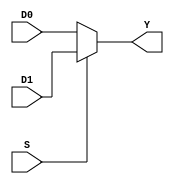
`timescale 1ns / 1ps

// Module definition
module Mux(
    S,
    D0,
    D1,
    Y
    );
    
input S;
input [31:0] D0;
input [31:0] D1;
output reg [31:0] Y;

always @(D0, D1, S)
    begin
        if (S == 1)
            Y = D1;
        else
            Y = D0;
    end

endmodule